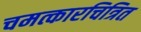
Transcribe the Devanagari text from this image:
चमत्कारचित्रित